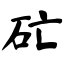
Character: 𥐞